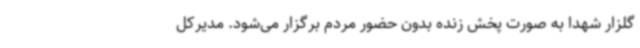
گلزار شهدا به صورت پخش زنده بدون حضور مردم برگزار می‌شود. مدیرکل